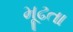
મૂઢતા